system: You are a helpful assistant.
user:
Analyze the provided spectrum to determine if it is a **S-type Star**.

- **Key Indicators for S-type Star:**

    - **(Overall Spectrum Shape):** The first and most obvious characteristic is the overall continuum (the "baseline" shape). It is **extremely "red-sloping,"** meaning the flux (light intensity) is very low on the left side (blue, ~4000-4500 Å) and rises steeply and continuously toward the right side (red, ~7000 Å+).

    - **(Primary):** The spectrum is defined by the presence of strong, broad molecular absorption "valleys" (bands) from **Zirconium Oxide (ZrO)**. The identification of these bands is the **primary requirement** for classifying a star as S-type.
        - **(Key Bandheads):** You must find distinct, deep "dips" where the light has been absorbed. The most critical band systems to locate are:
            - **~6474 Å** ($\gamma$-system): This is often the strongest and clearest ZrO feature, found in the red part of the spectrum.
            - **~5718 Å** & **~5551 Å** ($\beta$-system): A pair of prominent absorption features in the yellow-orange part of the spectrum.
            - **~4640 Å** ($\alpha$-system): A key absorption band system in the blue-green region of the spectrum.

    - **(Secondary Confirmation):** The classification is strengthened by finding additional absorption bands from other related heavy element oxides, which are expected to be present alongside ZrO.
        - **(Key Bandheads):**
            - **Yttrium Oxide (YO):** Look for absorption dips near **~4800 Å** and **~6100 Å**.
            - **Lanthanum Oxide (LaO):** Additional absorption features, particularly in the red-orange part of the spectrum, are also characteristic.

    - **(Line Profile):** The combination of the steep red continuum and these numerous, deep molecular bands (ZrO, YO, etc.) gives the entire spectrum a very **"chopped-up"** or **"bumpy"** appearance. Instead of a smooth curve, the spectrum looks as though large, wide chunks of light have been "carved out" of it at the specific wavelengths listed above.

Think first, call **spectral_visualization_tool** if needed to examine features in detail, then provide your final answer. Your response must adhere to the following strict rules:
1.  **Overall Structure:** Your response must follow the format `<think>...</think> <tool_call>...</tool_call> (if a tool is used) <answer>...</answer>`.
2.  **Tool Usage Constraint:** You may only make **one** tool call per turn.
3.  **Final Answer Format:** In the `<answer>` tag, your conclusion must be inside a `\boxed{}` command (e.g., `\boxed{YES}` or `\boxed{NO}`), followed by your justification.

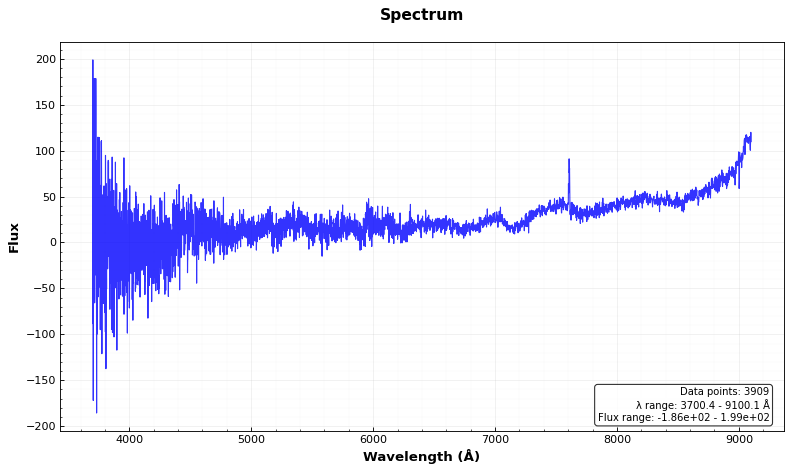
Answer: YES